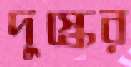
দুস্কের